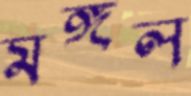
মঙ্গল